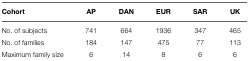
| Cohort | AP | DAN | EUR | SAR | UK |
 | --- | --- | --- | --- | --- | --- |
 | No. of subjects | 741 | 664 | 1936 | 347 | 465 |
 | No. of families | 184 | 147 | 475 | 77 | 113 |
 | Maximum family size | 6 | 14 | 8 | 6 | 6 |